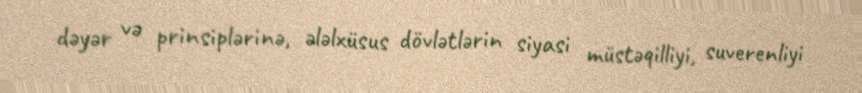
dəyər və prinsiplərinə, ələlxüsus dövlətlərin siyasi müstəqilliyi, suverenliyi